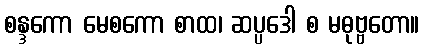
စန္ဒကော မေစကော စာထ၊ ဆပ္ပဒေါ စ မဓုဗ္ဗတော။